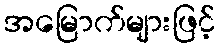
အမြောက်များဖြင့်